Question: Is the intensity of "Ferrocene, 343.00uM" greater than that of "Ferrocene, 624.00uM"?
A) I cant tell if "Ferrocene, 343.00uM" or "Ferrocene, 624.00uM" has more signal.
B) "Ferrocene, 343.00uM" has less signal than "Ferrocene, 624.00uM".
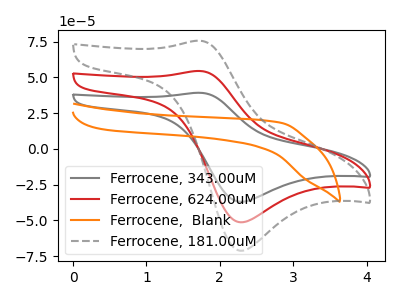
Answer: <think>The gray curve "Ferrocene, 343.00uM" has an anodic peak at (1.75V, 39.20uA) and a cathodic peak at (2.30V, -36.90uA). The red curve "Ferrocene, 624.00uM" has an anodic peak at (1.75V, 54.45uA) and a cathodic peak at (2.30V, -51.25uA). The orange curve "Ferrocene,  Blank" has no peaks. The gray dashed curve "Ferrocene, 181.00uM" has an anodic peak at (1.75V, 108.90uA) and a cathodic peak at (2.30V, -102.50uA).
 All the peaks in "Ferrocene, 343.00uM" have a peak in "Ferrocene, 624.00uM" at the same potential. Every peak in "Ferrocene, 343.00uM" is lower than every peak in "Ferrocene, 624.00uM".</think>
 <answer>B) "Ferrocene, 343.00uM" has less signal than "Ferrocene, 624.00uM".</answer>
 <eval>B</eval>